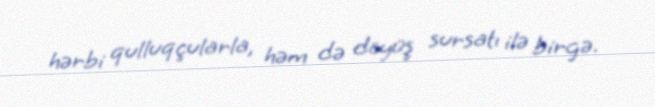
hərbi qulluqçularla, həm də döyüş sursatı ilə birgə.